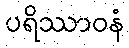
ပရိဿာဝနံ